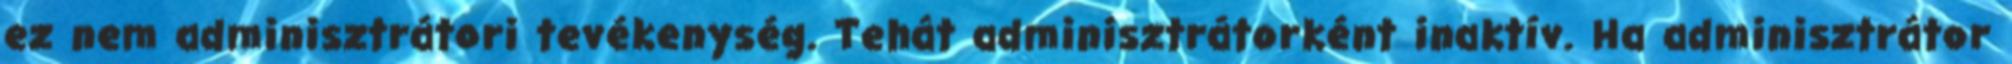
ez nem adminisztrátori tevékenység. Tehát adminisztrátorként inaktív. Ha adminisztrátor